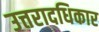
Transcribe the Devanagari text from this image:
उत्तरादधिकार